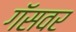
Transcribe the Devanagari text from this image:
गॅसवर